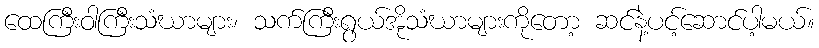
ထေကြီးဝါကြီးသံဃာများ၊ သက်ကြီးရွယ်အိုသံဃာများကိုတော့ ဆင်နဲ့ပင့်ဆောင်ပါ့မယ်။